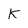
Character: K